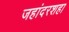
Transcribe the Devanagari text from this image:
जहांदरशहा